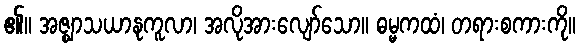
၏။ အဇ္ဈာသယာနုကူလာ၊ အလိုအားလျော်သော။ ဓမ္မကထံ၊ တရားစကားကို။